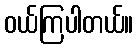
ဝယ်ကြပါတယ်။